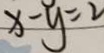
x - y = 2